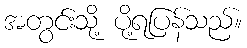
အတွင်းသို့ ပို့ရပြန်သည်။